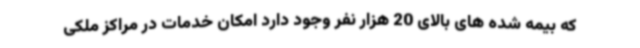
که بیمه شده های بالای 20 هزار نفر وجود دارد امکان خدمات در مراکز ملکی